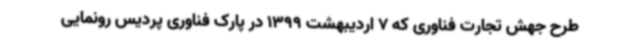
طرح جهش تجارت فناوری که 7 اردیبهشت 1399 در پارک فناوری پردیس رونمایی